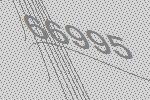
66995